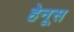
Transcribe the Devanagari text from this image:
हेनूस